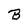
Character: B